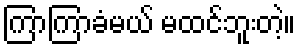
ကြာကြာခံမယ် မထင်ဘူးတဲ့။